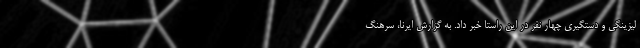
لیزینگی و دستگیری چهار نفر در این راستا خبر داد. به گزارش ایرنا، سرهنگ